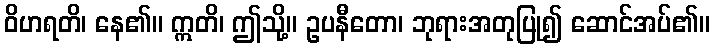
ဝိဟရတိ၊ နေ၏။ ဣတိ၊ ဤသို့။ ဥပနီတော၊ ဘုရားအတုပြု၍ ဆောင်အပ်၏။